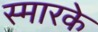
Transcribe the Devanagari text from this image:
स्‍मारके